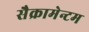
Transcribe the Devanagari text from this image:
सैक्रामेन्टम